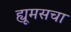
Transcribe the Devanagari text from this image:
ह्यूमसचा